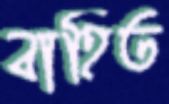
বাহিত